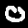
Label: 0